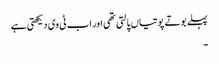
پہلے بوتے پوتیاں پالتی تھی اور اب ٹی وی دیکھتی ہے
۔